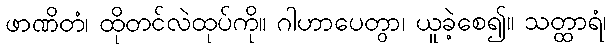
ဖာဏိတံ၊ ထိုတင်လဲထုပ်ကို။ ဂါဟာပေတွာ၊ ယူခဲ့စေ၍။ သတ္ထာရံ၊